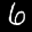
Label: 6